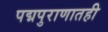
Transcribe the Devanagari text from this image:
पद्मपुराणातही